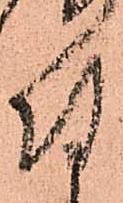
付